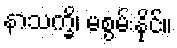
နာသက္ခိ၊ မစွမ်းနိုင်။